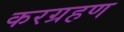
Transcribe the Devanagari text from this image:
करग्रहण